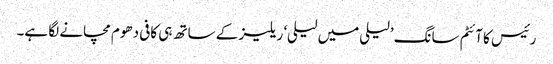
رئیس کا آئٹم سانگ ’لیلی میں لیلی‘ ریلیز کے ساتھ ہی کافی دھوم مچانے لگا ہے۔